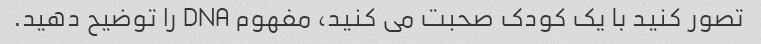
تصور کنید با یک کودک صحبت می کنید، مفهوم DNA را توضیح دهید.